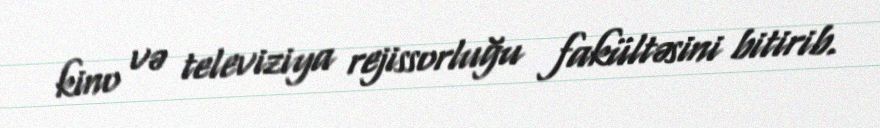
kino və televiziya rejissorluğu fakültəsini bitirib.